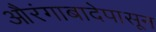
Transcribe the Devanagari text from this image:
औरंगाबादेपासून